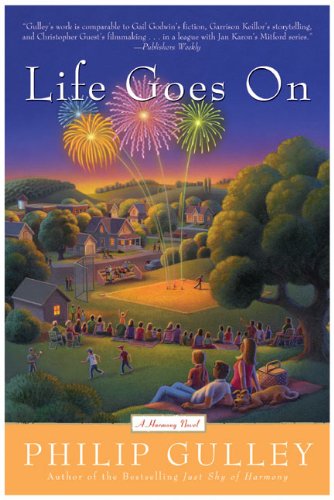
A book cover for Life Goes On: A Harmony Novel; Philip Gulley; Christian Books & Bibles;